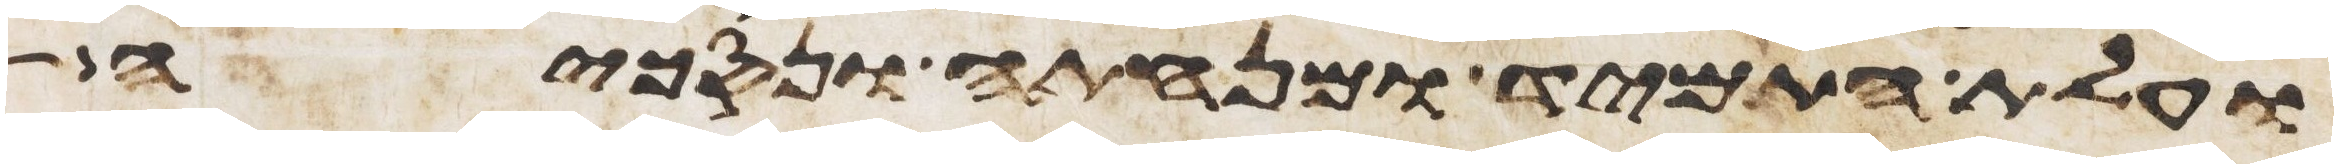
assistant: ועלת התמיד ומנחתה ונסכיה